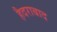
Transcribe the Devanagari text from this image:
हैदराबाद